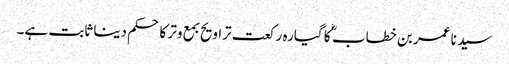
سید نا عمر بن خطاب ؓ کا گیارہ رکعت تراویح بمع وتر کا حکم دینا ثابت ہے۔